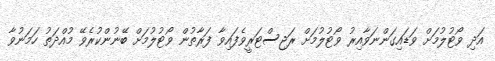
އަދި ވޯޓުލުމަށް ވަޑައިގަންނަވާއިރު ވޯޓުލުމަށް ރަޖިސްޓަރީވެފައިވާ ފަރާތުން ވޯޓުލުމަށް ބޭނުންކުރެވޭ މުއްދަތު ހަމަނުވާ